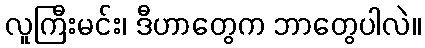
လူကြီးမင်း၊ ဒီဟာတွေက ဘာတွေပါလဲ။